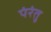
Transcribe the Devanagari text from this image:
पंरंतु